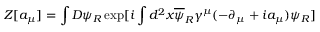
Z [ a _ { \mu } ] = \int D \psi _ { R } \exp [ i \int d ^ { 2 } x \overline { { { \psi } } } _ { R } \gamma ^ { \mu } ( - \partial _ { \mu } + i a _ { \mu } ) \psi _ { R } ]